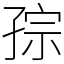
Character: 孮